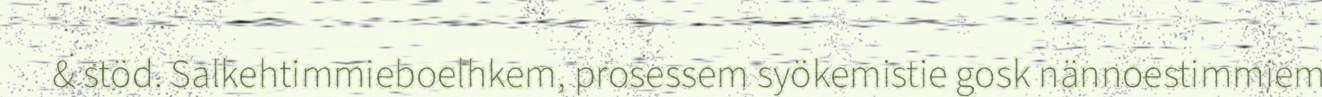
& stöd. Salkehtimmieboelhkem, prosessem syökemistie gosk nännoestimmiem